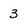
Character: 3